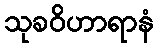
သုခဝိဟာရာနံ